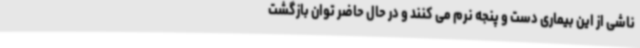
ناشی از این بیماری دست و پنجه نرم می کنند و در حال حاضر توان بازگشت